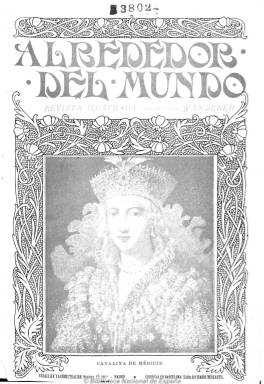
Título: Alrededor del mundo (Madrid)
Colección: Revistas turísticas y de viajes
Ámbito geográfico: Madrid
Lugar de publicación: Madrid
Fechas: 09/06/1899-01/09/1930

Esta revista ilustrada fue fundada por Manuel Alhama Montes, que utilizó el pseudónimo de “Wanderer”. Tuvo una periodicidad semanal y se publicó desde 1899 a 1930, gozando de  una gran popularidad por su carácter costumbrista. Trataba temas de contenido general, pero se ocupó también de temas artísticos, curiosidades, así como la realización de reportajes sobre lugares, pueblos, tradiciones, expediciones, aventuras, etc. También se hacía eco, con carácter divulgativo, de las novedades científico-técnicas de la época aunque este apartado fue criticado por algunos contemporáneos.

Según avanzan los años en la vida de la publicación, se van  incorporando mejoras tanto en el diseño grafico como en su tipografía y, aparte de las tradicionales ilustraciones, comienza a incluir también fotografías.

Algunas imágenes cedidas por TECNODOC.